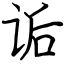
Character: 诟